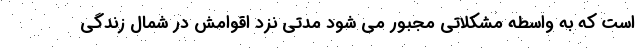
است که به واسطه مشکلاتی مجبور می شود مدتی نزد اقوامش در شمال زندگی